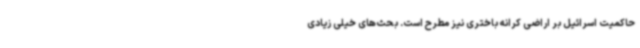
حاکمیت اسرائیل بر اراضی کرانه باختری نیز مطرح است. بحث‌های خیلی زیادی